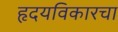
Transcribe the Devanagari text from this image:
हृदयविकारचा